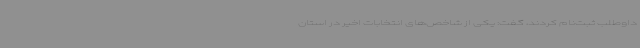
داوطلب ثبت‌نام کردند، گفت: یکی از شاخص‌های انتخابات اخیر در استان